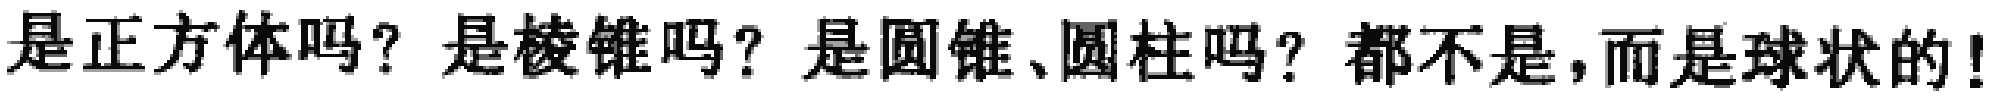
是正方体吗？是棱锥吗？是圆锥、圆柱吗？都不是，而是球状的！